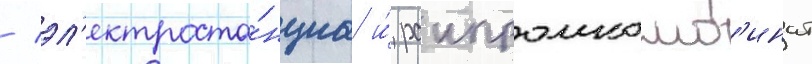
/ эл'ектроста́нциа и́ раипромкомб'инат